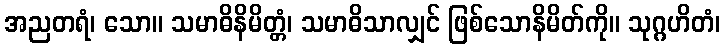
အညတရံ၊ သော။ သမာဓိနိမိတ္တံ၊ သမာဓိသာလျှင် ဖြစ်သောနိမိတ်ကို။ သုဂ္ဂဟိတံ၊